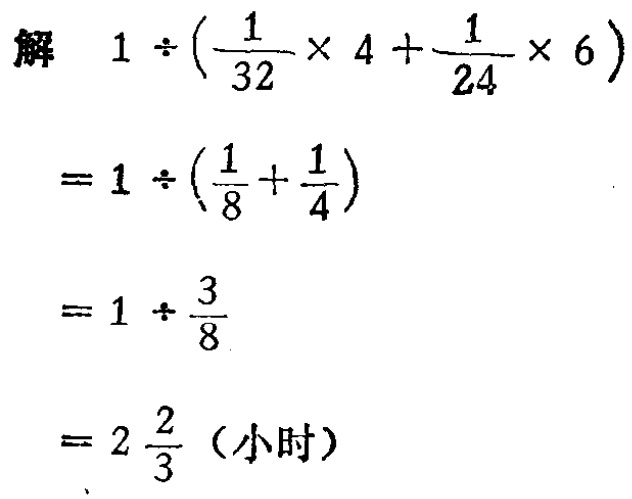
解

\[

\begin{align*}

&1\div(\frac{1}{32}\times4 + \frac{1}{24}\times6)\\

=&1\div(\frac{1}{8}+\frac{1}{4})\\

=&1\div\frac{3}{8}\\

=&2\frac{2}{3} \text{（小时）}

\end{align*}

\]